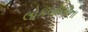
લોકબોલીના